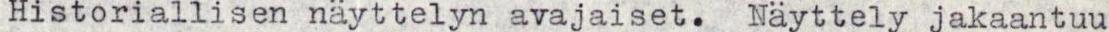
Historiallisen näyttelyn avajaiset.Näyttely jakaantuu